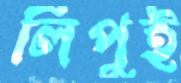
লিপুই